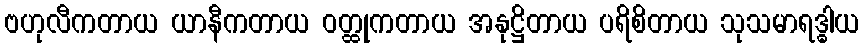
ဗဟုလီကတာယ ယာနီကတာယ ဝတ္ထုကတာယ အနုဋ္ဌိတာယ ပရိစိတာယ သုသမာရဒ္ဓါယ